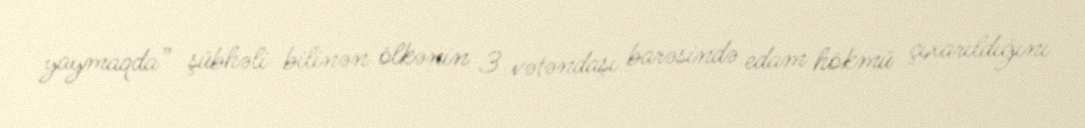
yaymaqda” şübhəli bilinən ölkənin 3 vətəndaşı barəsində edam hökmü çıxarıldığını